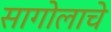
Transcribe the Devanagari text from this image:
सागोलाचे